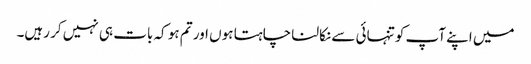
میں اپنے آپ کو تنہائی سے نکالنا چاہتا ہوں اور تم ہو کہ بات ہی نہیں کر رہیں۔